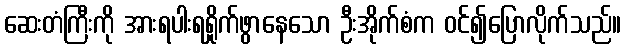
ဆေးတံကြီးကို အားရပါးရရှိုက်ဖွာနေသော ဦးအိုက်စံက ဝင်၍ပြောလိုက်သည်။